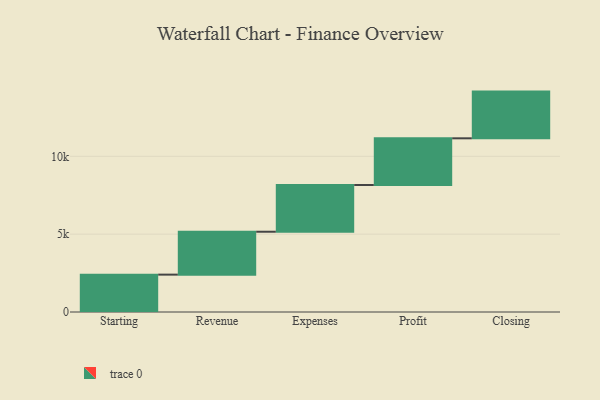
{"axis": {"x": "Step", "y": "Value"}, "legend": [""], "data": [{"x": "Starting", "y": 2400.0, "type": ""}, {"x": "Revenue", "y": 2755.0, "type": ""}, {"x": "Expenses", "y": 3000, "type": ""}, {"x": "Profit", "y": 3000, "type": ""}, {"x": "Closing", "y": 3000, "type": ""}]}